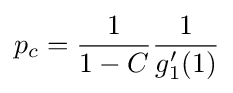
p_{c}={\frac {1}{1-C}}{\frac {1}{g_{1}'(1)}}